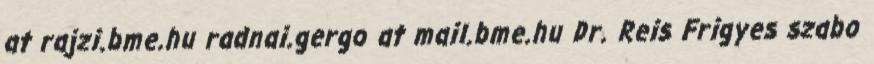
at rajzi.bme.hu radnai.gergo at mail.bme.hu Dr. Reis Frigyes szabo